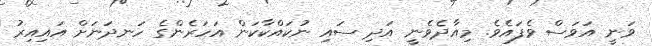
ވަނީ އަވަސް ވެފައެވެ. މިއާދެވެނީ އަދި ސައި ނުކައްކާކަން އަހަރެންގެ ހަނދަނަށް އައިއިރު